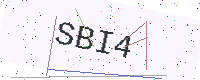
Text: SBI4